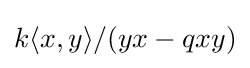
k\langle x,y\rangle /(yx-qxy)